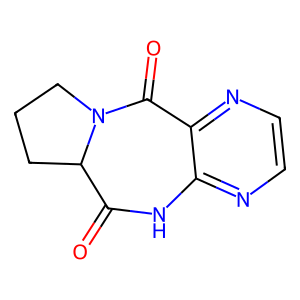
SMILES: O=C1Nc2nccnc2C(=O)N2CCCC12
Inhibits HIV replication: No